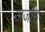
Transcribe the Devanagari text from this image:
अजाह